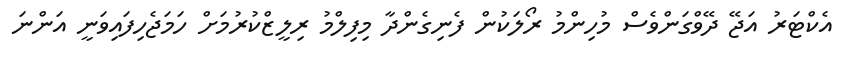
އެކްޓަރު އަޖޭ ދޭވްގަންވެސް މުހިންމު ރޯލަކުން ފެނިގެންދާ މިފިލްމު ރިލީޒްކުރުމަށް ހަމަޖެހިފައިވަނީ އަންނަ